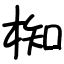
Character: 椥